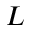
L